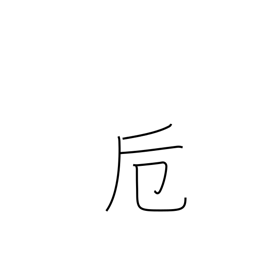
Meaning: fitting